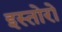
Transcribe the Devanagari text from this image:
इस्तोरो